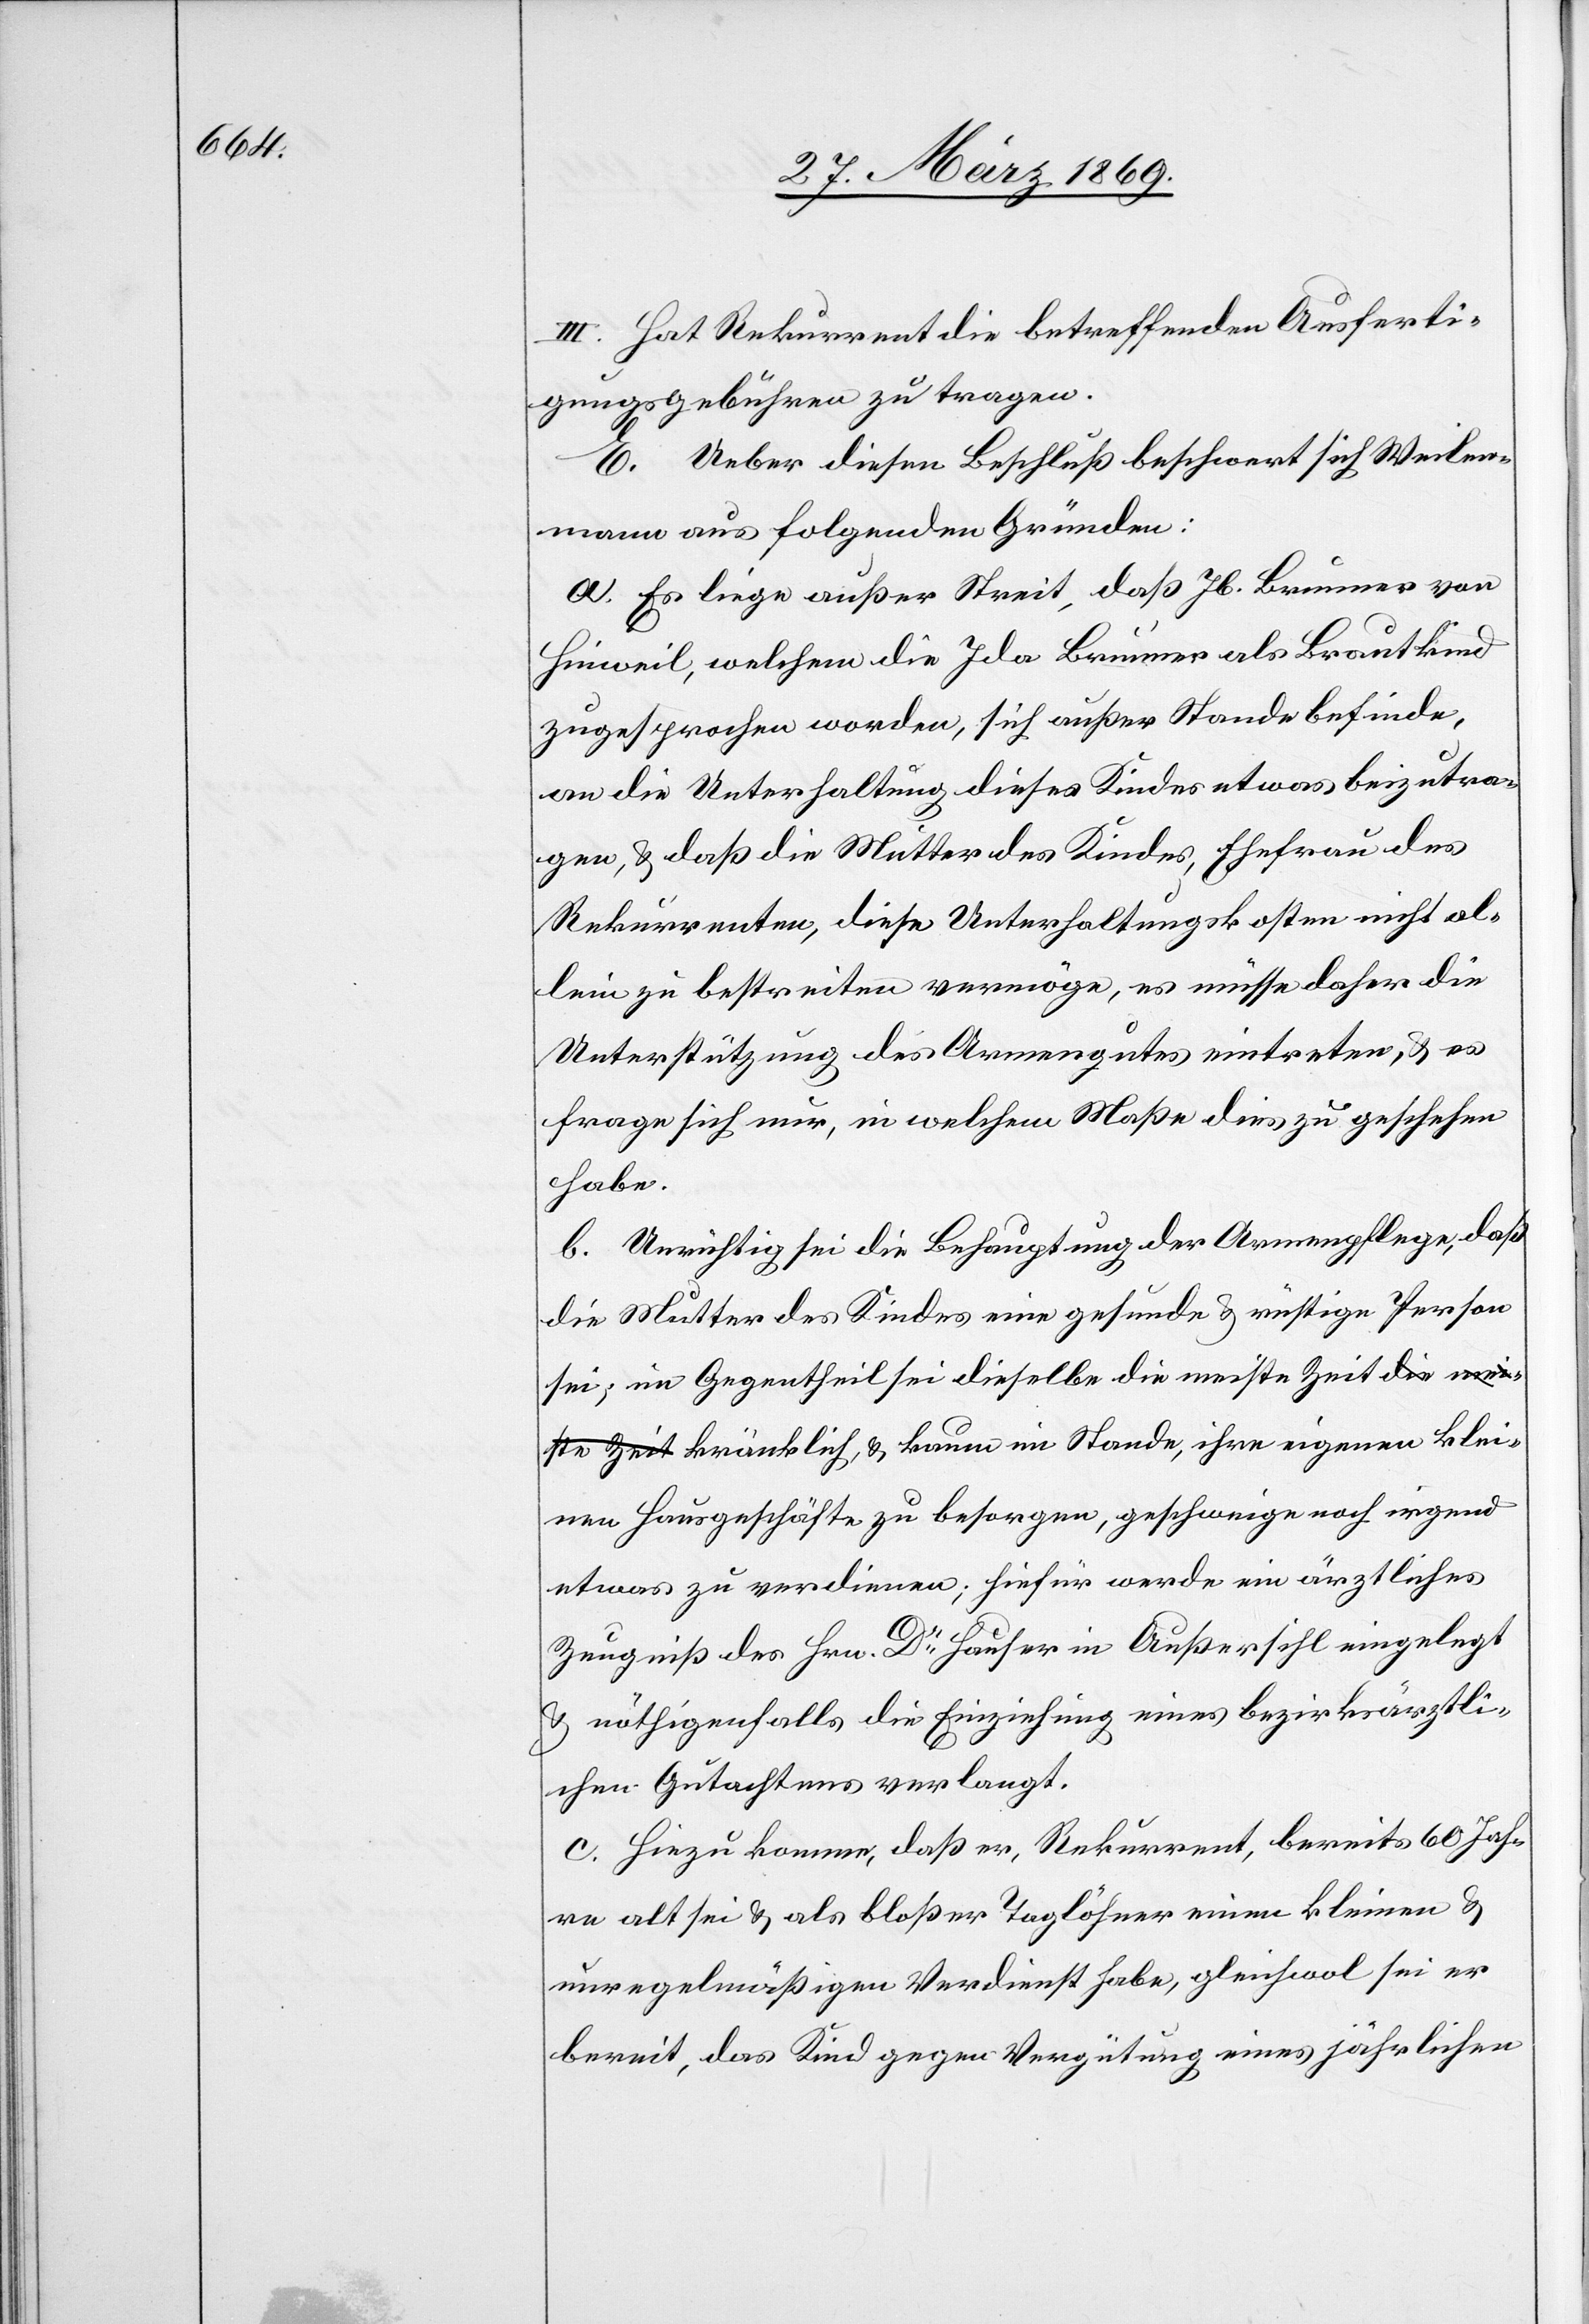
klei¬

III. Hat Rekurrent die betreffenden Ausferti¬
gungsgebühren zu tragen.
E. Ueber diesen Beschluß beschwert sich Weilen¬
mann aus folgenden Gründen:
a. Es liege außer Streit, daß Jb. Brunner von
Hinweil, welchem die Ida Brunner als Brautkind
zugesprochen worden, sich außer Stande befinde,
an die Unterhaltung dieses Kindes etwas beizutra¬
gen, u. daß die Mutter des Kindes, Ehefrau des
Rekurrenten, diese Unterhaltungskosten nicht al¬
lein zu bestreiten vermöge, es müsse daher die
Unterstützung des Armengutes eintreten, u. es
frage sich nur, in welchem Maße dies zu geschehen
habe.
b. Unrichtig sei die Behauptung der Armenpflege, daß
die Mutter des Kindes eine gesunde u. richtige Person
sei; im Gegentheil sei dieselbe die meiste Zeit krän¬
nen Hausgeschäfte zu besorgen, geschweige noch irgend
etwas zu verdienen; hiefür werde ein ärztliches
Zeugniß des Hrn. Dr Hauser in Außersihl eingelegt
u. nöthigenfalls die Einziehung eines bezirksräthli¬
chen Gutachtens verlangt.
c. Hinzu komme, daß er, Rekurrent, bereits 60 Jah¬
re alt sei u. als bloßer Taglöhner einen kleinen u.
unregelmäßigen Verdienst habe, gleichwol sei er
bereit, das Kind gegen Vergütung eines jährlichen